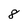
Character: 8